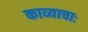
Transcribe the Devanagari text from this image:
काव्याचाः